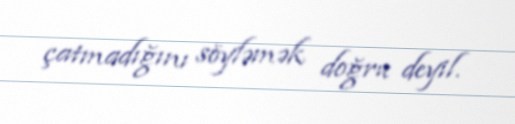
çatmadığını söyləmək doğru deyil.